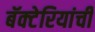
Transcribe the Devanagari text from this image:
बॅक्‍टेरियांची